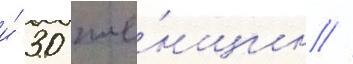
и́ 30 же́нщин //